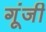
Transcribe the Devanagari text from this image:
गूंजी